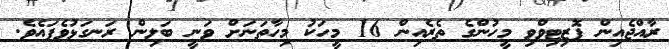
ރާއްޖެއިން ޕޮޒިޓިވްވި މީހުންގެ ތެރެއިން 16 މީހަކު މިހާތަނަށް ވަނީ ބަލިން ރަނގަޅުވެފައެވެ.